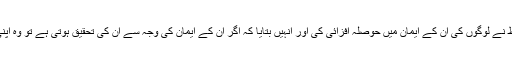
پولس اور دوسروں کے خطوط مختلف وجوہات کے باعث لکھے گئے. ان خطوط نے لوگوں کی ان کے ایمان میں حوصلہ افزائی کی اور انہیں بتایا کہ اگر ان کے ایمان کی وجہ سے ان کی تحقیق ہوتی ہے تو وہ اپنی ہمت نہ ہاریں. ” جان دینے تک وفادار رہ تو میں تجھے زندگی کا تاج دونگا”۔